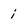
Character: i